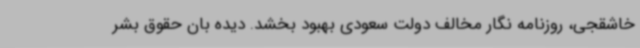
خاشقجی، روزنامه نگار مخالف دولت سعودی بهبود بخشد. دیده بان حقوق بشر